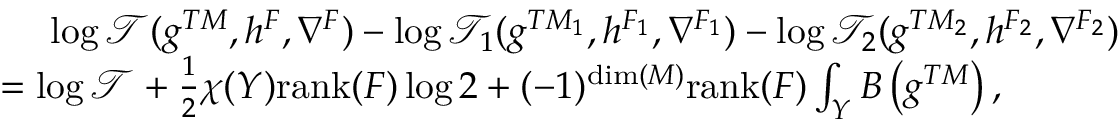
\begin{array} { r l } & { \ \ \ \ \log \mathcal { T } ( g ^ { T M } , h ^ { F } , \nabla ^ { F } ) - \log \mathcal { T } _ { 1 } ( g ^ { T M _ { 1 } } , h ^ { F _ { 1 } } , \nabla ^ { F _ { 1 } } ) - \log \mathcal { T } _ { 2 } ( g ^ { T M _ { 2 } } , h ^ { F _ { 2 } } , \nabla ^ { F _ { 2 } } ) } \\ & { = \log \mathcal { T } + \frac { 1 } { 2 } \chi ( Y ) \mathrm { r a n k } ( F ) \log 2 + ( - 1 ) ^ { \dim ( M ) } \mathrm { r a n k } ( F ) \int _ { Y } B \left( g ^ { T M } \right) , } \end{array}